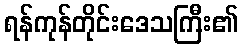
ရန်ကုန်တိုင်းဒေသကြီး၏